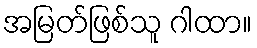
အမြတ်ဖြစ်သူ ဂါထာ။